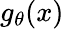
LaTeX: g_{\theta}(x)